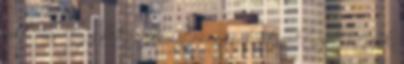
volt már. Egy hete folyamatosan csak utazok, nézek, utazok.